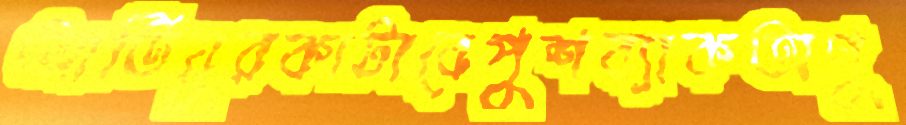
আতিয়ুরকাটাবেপুশব্যাকঅণু